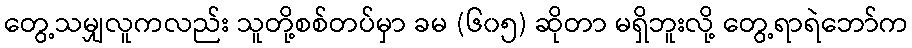
တွေ့သမျှလူကလည်း သူတို့စစ်တပ်မှာ ခမ (၆၀၅) ဆိုတာ မရှိဘူးလို့ တွေ့ရာရဲဘော်က